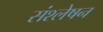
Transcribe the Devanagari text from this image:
संश्लेषन